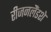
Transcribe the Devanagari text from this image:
रीजनलैंडशे